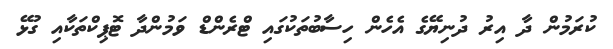
ކުރަމުން ދާ އިރު ދުނިޔޭގެ އެހެން ހިސާބުތަކުގައި ޓްރެންޑް ވަމުންދާ ޓޮޕިކްތަކާއި ގުޅޭ